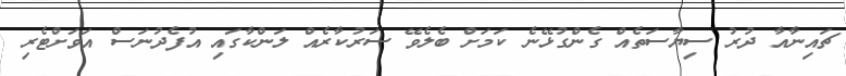
ޗައިނާއާ ދުރު ސިޔާސަތެއް ގެންގުޅޭނެ ކަމަށް ބެލެވޭ ސަރުކާރެއް ލަންކާގައި އުފެދުނަސް އަވަށްޓެރި